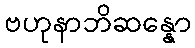
ဗဟုနာဘိဆန္နော